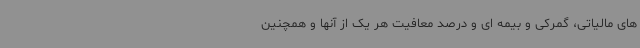
های مالیاتی، گمرکی و بیمه ای و درصد معافیت هر یک از آنها و همچنین